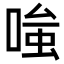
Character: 𭉕